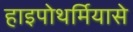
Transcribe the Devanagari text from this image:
हाइपोथर्मियासे